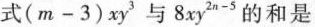
式(m-3)xy^{3}与8xy^{2n-5}的和是